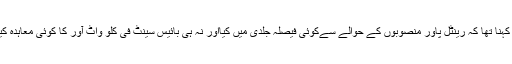
ان کا کہنا تھا کہ رینٹل پاور منصوبوں کے حوالے سےکوئی فیصلہ جلدی میں کیااور نہ ہی بائیس سینٹ فی کلو واٹ آور کا کوئی معاہدہ کیا گیا۔